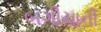
બગીચાની